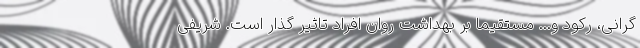
گرانی، رکود و... مستقیما بر بهداشت روان افراد تاثیر گذار است. شریفی